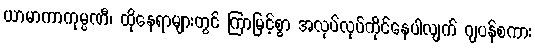
ယာမာကာကုမ္ပဏီ၊ ထိုနေရာများတွင် ကြာမြင့်စွာ အလုပ်လုပ်ကိုင်နေပါလျက် ဂျပန်စကား